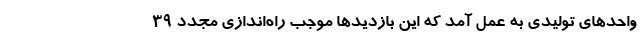
واحدهای تولیدی به عمل آمد که این بازدیدها موجب راه‌اندازی مجدد 39